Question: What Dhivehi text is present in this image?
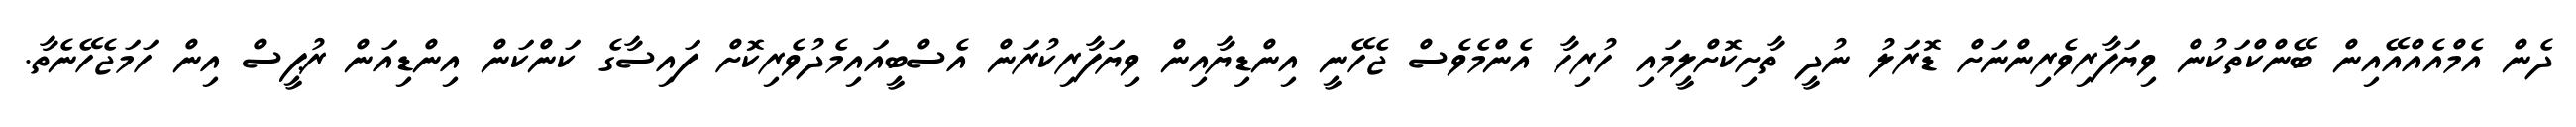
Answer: ދެން އެމްއެއްއޭއިން ބޭންކްތަކުން ވިޔަފާރިވެރިންނަށް ޑޮރަލު ނުދީ ތާށިކޮށްލީމައި ހުރިހާ އެންމެވެސް ޖެހޭނީ އިންޑިޔާއިން ވިޔަފާރިކުރަން އެސްބީއައިމެދުވެރިކޮށް ފައިސާގެ ކަންކަން އިންޑިއަން ރުޕީސް އިން ހަމަޖެހޭނެތާ.